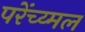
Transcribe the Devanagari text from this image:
परेंच्य्मल